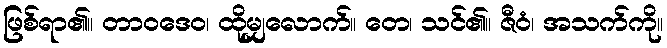
ဖြစ်ရာ၏။ တာဝဒေဝ၊ ထိုမျှလောက်။ တေ၊ သင်၏။ ဇီဝံ၊ အသက်ကို။